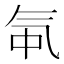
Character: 㲴